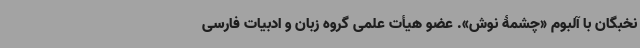
نخبگان با آلبوم «چشمۀ نوش». عضو هیأت علمی گروه زبان و ادبیات فارسی